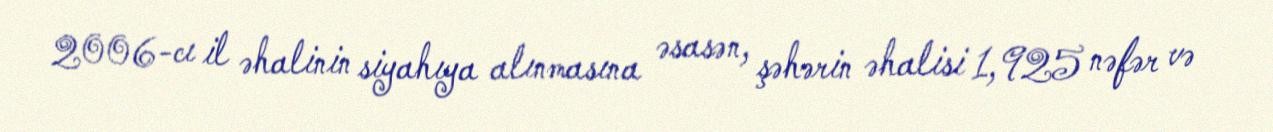
2006-cı il əhalinin siyahıya alınmasına əsasən, şəhərin əhalisi 1,925 nəfər və